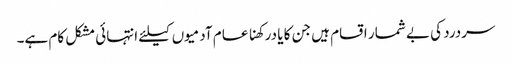
سردرد کی بے شمار اقسام ہیں جن کا یا درکھنا عام آدمیوں کیلئے انتہائی مشکل کام ہے۔